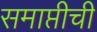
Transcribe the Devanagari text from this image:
समाप्तीची